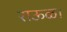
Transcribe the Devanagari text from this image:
राऊळ।